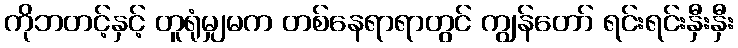
ကိုဘတင့်နှင့် တူရုံမျှမက တစ်နေရာရာတွင် ကျွန်တော် ရင်းရင်းနှီးနှီး